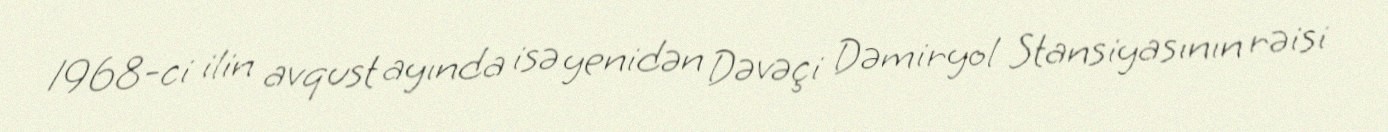
1968-ci ilin avqust ayında isə yenidən Dəvəçi Dəmiryol Stansiyasının rəisi